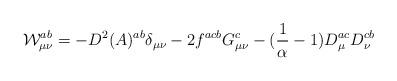
LaTeX: \begin{align*}{\cal{W}}^{ab}_{\mu\nu}=-D^{2}(A)^{ab}\delta_{\mu\nu}-2f^{acb}G^{c}_{\mu\nu}-(\frac{1}{\alpha}-1)D^{ac}_{\mu}D^{cb}_{\nu}\end{align*}